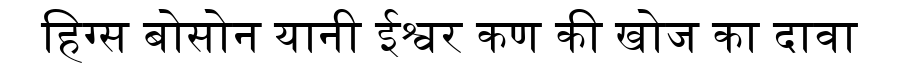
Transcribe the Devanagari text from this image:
हिग्स बोसोन यानी ईश्वर कण की खोज का दावा